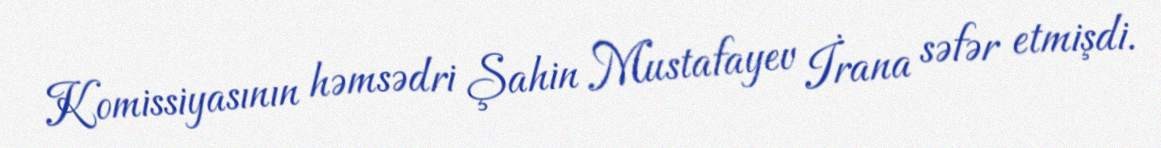
Komissiyasının həmsədri Şahin Mustafayev İrana səfər etmişdi.